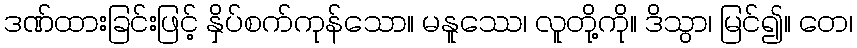
ဒဏ်ထားခြင်းဖြင့် နှိပ်စက်ကုန်သော။ မနူဿေ၊ လူတို့ကို။ ဒိသွာ၊ မြင်၍။ တေ၊